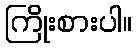
ကြိုးစားပါ။